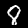
Label: 8